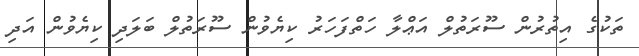
ތަކުގެ އިތުރުން ސޫރަތުލް އަޢްލާ ހަތްފަހަރު ކިޔެވުން ސޫރަތުލް ބަލަދި ކިޔެވުން އަދި